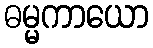
ဓမ္မကာယော